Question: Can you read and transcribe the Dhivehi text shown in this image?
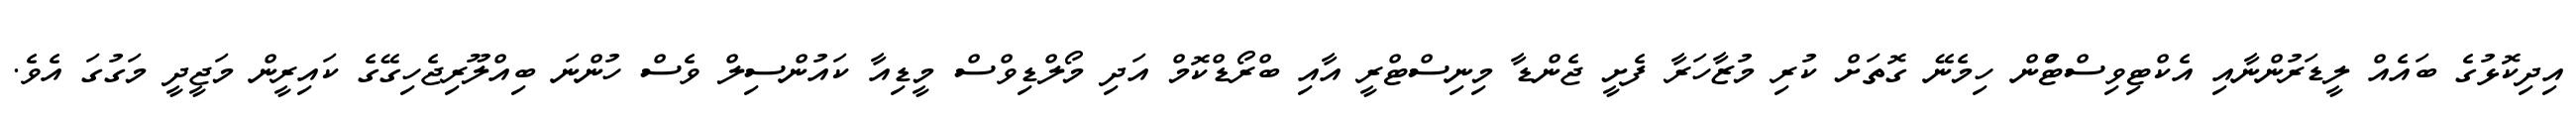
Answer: އިދިކޮޅުގެ ބައެއް ލީޑަރުންނާއި އެކްޓިވިސްޓްުން ހިމެނޭ ގޮތަށް ކުރި މުޒާހަރާ ފެށީ ޖެންޑާ މިނިސްޓްރީ އާއި ބްރޯޑްކޮމް އަދި މޯލްޑިވްސް މީޑިއާ ކައުންސިލް ވެސް ހުންނަ ބިއްލޫރިޖެހިގޭގެ ކައިރީން މަޖީދީ މަގުގަ އެވެ.